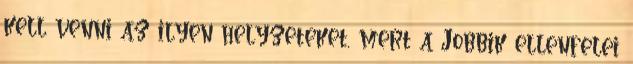
kell venni az ilyen helyzeteket, mert a Jobbik ellenfelei